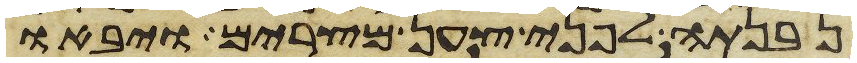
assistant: נבנתה לפני צען מצרים ויבאו